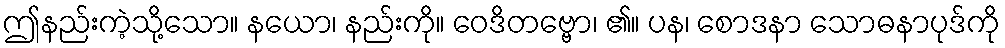
ဤနည်းကဲ့သို့သော။ နယော၊ နည်းကို။ ဝေဒိတဗ္ဗော၊ ၏။ ပန၊ စောဒနာ သောဓနာပုဒ်ကို